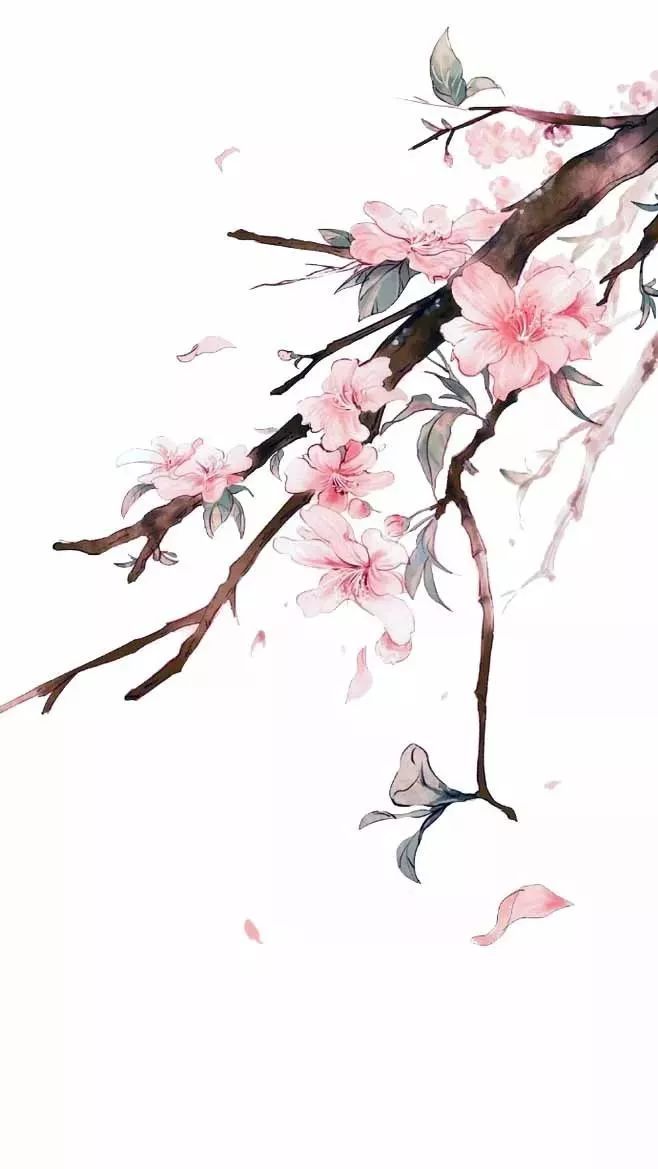
百结愁肠郁不开，此生惆怅异乡来。